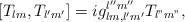
LaTeX: \begin{align*}[T_{lm}, T_{l'm'}] = ig_{lm, l'm'}^{l''m''}T_{l"m"},\end{align*}